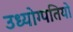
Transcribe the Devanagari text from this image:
उध्योग्पतियो